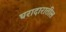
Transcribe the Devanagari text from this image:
घरादारातील